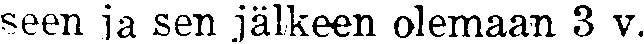
seen ja sen jälkeen olemaan 3 v.